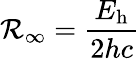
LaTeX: \mathcal{R}_{\infty}={\frac{{E_{\mathrm{{h}}}}}{{2hc}}}